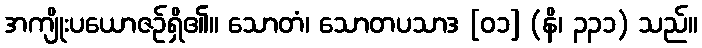
အကျိုးပယောဇဉ်ရှိ၏။ သောတံ၊ သောတပသာဒ [၀၁] (နိ၊ ၃၃၁) သည်။